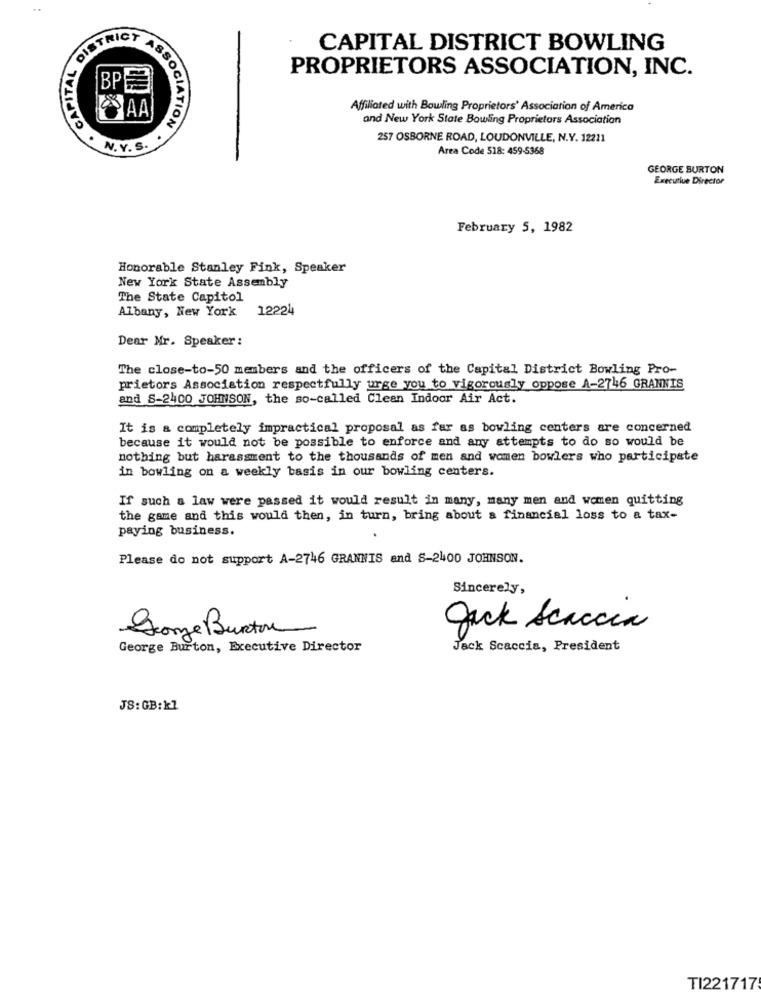
CAPITAL DISTRICT BOWLING
CAPITAL
PROPRIETORS ASSOCIATION, INC.
Affiliated with Bowling Proprietors' Association of America
and New York State Bowling Proprietors Association
SSOCIATION
257 OSBORNE ROAD, LOUDONVILLE, N.Y. 12211
N. Y.S.
Area Code 518: 459-5368
GEORGE BURTON
Executive Director
February 5, 1982
Honorable Stanley Fink, Speaker
New York State Assembly
The State Capitol
Albany, New York
12224
Dear Mr. Speaker :
The close-to-50 members and the officers of the Capital District Bowling Pro-
prietors Association respectfully urge you to vigorously oppose A-2746 GRANNIS
and S-2400 JOHNSON, the so-called Clean Indoor Air Act.
It is a completely impractical proposal as far as bowling centers are concerned
because it would not be possible to enforce and any attempts to do so would be
nothing but harassment to the thousands of men and women bowlers who participate
in bowling on a weekly basis in our bowling centers.
If such a law were passed it would result in many, many men and women quitting
the game and this would then, in turn, bring about a financial loss to a tax-
paying business.
Please do not support A-2746 GRANNIS and S-2400 JOHNSON.
Sincerely,
Jack Scaccia
George Burton
George Burton, Executive Director
Jack Scaccia, President
JS: GB:kl
TI221717